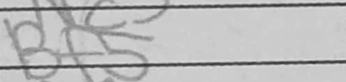
Transcription: Bf5